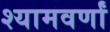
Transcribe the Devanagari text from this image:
श्यामवर्णां